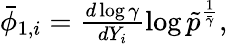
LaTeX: \begin{array}{r}{\bar{\phi}_{1,i}=\frac{d\log\gamma}{dY_{i}}\log\tilde{p}^{\frac{1}{\bar{\gamma}}},}\end{array}